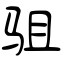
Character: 驵